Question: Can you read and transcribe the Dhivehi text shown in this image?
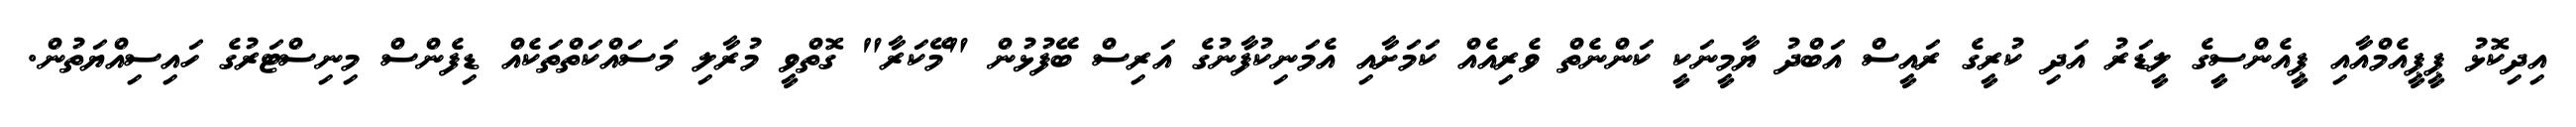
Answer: އިދިކޮޅު ޕީޕީއެމްއާއި ޕީއެންސީގެ ލީޑަރު އަދި ކުރީގެ ރައީސް އަބްދު ޔާމީނަކީ ކަންނެތް ވެރިއެއް ކަމަށާއި އެމަނިކުފާނުގެ އަރިސް ބޭފުޅުން "މޭކަރާ" ގޮތްވީ މުރާލި މަސައްކަތްތަކެއް ޑިފެންސް މިނިސްޓަރުގެ ހައިސިއްޔަތުން.